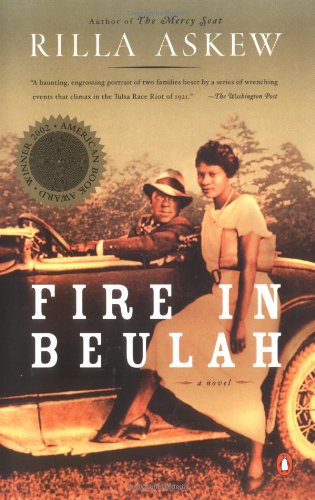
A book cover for Fire in Beulah; Rilla Askew; Literature & Fiction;